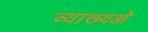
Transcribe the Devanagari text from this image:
व्याख्यओं